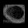
Digit: ၀